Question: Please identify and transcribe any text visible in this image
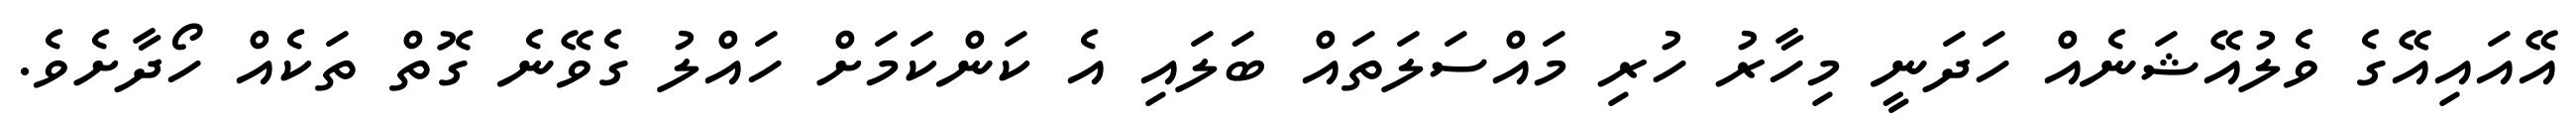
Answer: އޭއައިއޭގެ ވެލުއޭޝަނެއް ހަދަނީ މިހާރު ހުރި މައްސަލަތައް ބަލައި އެ ކަންކަމަށް ހައްލު ގެވޭނެ ގޮތް ތަކެއް ހޯދާށެވެ.